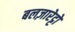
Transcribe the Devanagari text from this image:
बलज़ारेट्टो